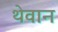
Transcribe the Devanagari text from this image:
थेवान